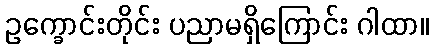
ဥက္ခောင်းတိုင်း ပညာမရှိကြောင်း ဂါထာ။